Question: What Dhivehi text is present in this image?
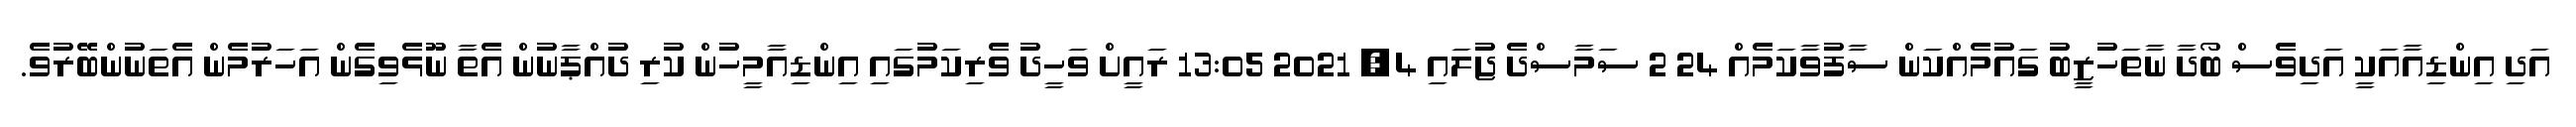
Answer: އަދި އިންޑިއާއަކީ އަދިވެސް ބޯދާ ނާތަހުޒީބު ގައުމެއްކަން ސާފުވާކަމެއް 24 2 ސަމާސްދެ ޖުލައި 4, 2021 13:05 ރައީށް ވަހީދު ވެރިކަމުގައި އިންޑިއާމީހުން ކުރި ދުއްޕާނުން އެތާ ނޫޅެވިގެން އަހަރުމެން އެތަނުންބޭރުވެ.